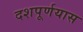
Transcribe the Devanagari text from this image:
दशपूर्णयास